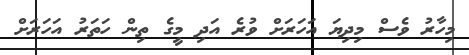
މިހާރު ވެސް މިދިޔަ އަހަރަށް ވުރެ އަދި މީގެ ތިން ހަތަރު އަހަރަށް